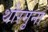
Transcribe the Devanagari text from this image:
थौरगुना